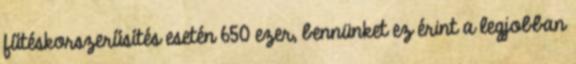
fűtéskorszerűsítés esetén 650 ezer, bennünket ez érint a legjobban